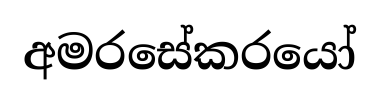
අමරසේකරයෝ